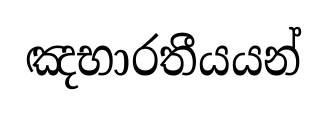
ඤභාරතීයයන්